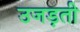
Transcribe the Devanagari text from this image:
उजड़ती